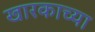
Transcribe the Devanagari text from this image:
खारकाच्या